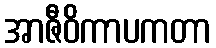
အာဇီဝိကာပကတာ